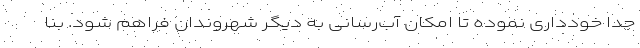
جدا خودداری نموده تا امکان آب‌رسانی به دیگر شهروندان فراهم شود. بنا